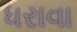
ધરાવા